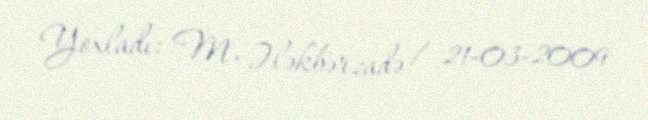
Yoxladı: M. Ələkbərzadə / 21-03-2009